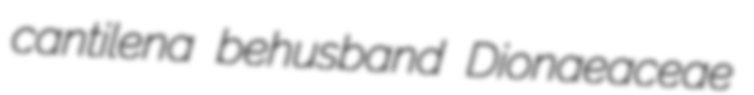
cantilena behusband Dionaeaceae